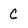
Character: C